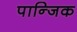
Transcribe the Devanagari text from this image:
पान्जिक